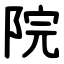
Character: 院